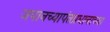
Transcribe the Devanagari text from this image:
जपानच्यापंतप्रधानाच्या